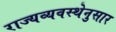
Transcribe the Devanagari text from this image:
राज्यव्यवस्थेनुसार